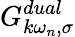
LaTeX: G_{k\omega_{n},\sigma}^{dual}